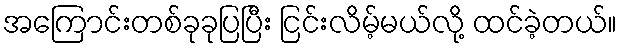
အကြောင်းတစ်ခုခုပြပြီး ငြင်းလိမ့်မယ်လို့ ထင်ခဲ့တယ်။